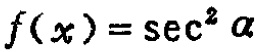
\(f(x)=\sec^{2}\alpha\)